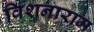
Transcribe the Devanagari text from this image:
विशनाराम